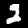
Digit: 2